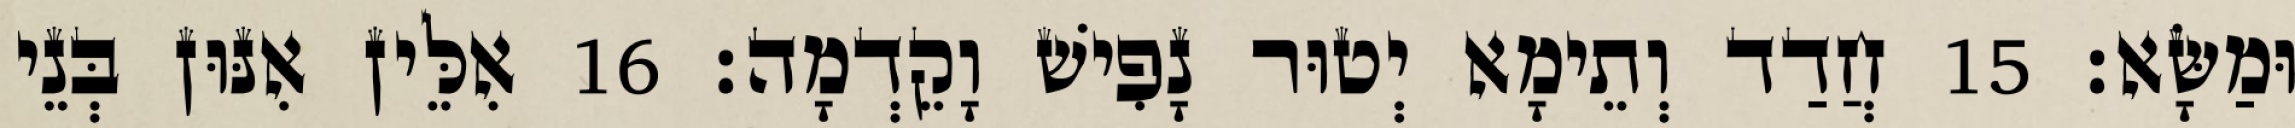
וּמַשָּׂא׃ 15 חֲדַד וְתֵימָא יְטוּר נָפִישׁ וָקֵדְמָה׃ 16 אִלֵּין אִנּוּן בְּנֵי